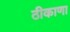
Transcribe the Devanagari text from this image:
ठीकाणा